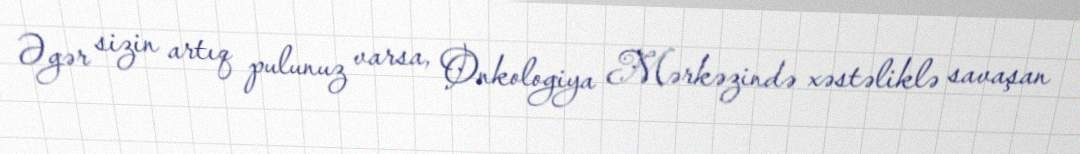
Əgər sizin artıq pulunuz varsa, Onkologiya Mərkəzində xəstəliklə savaşan